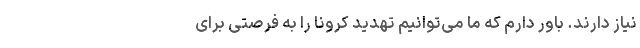
نیاز دارند. باور دارم که ما می‌توانیم تهدید کرونا را به فرصتی برای